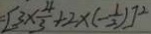
= [ 3 \times \frac { 4 } { 3 } + 2 \times ( - \frac { 1 } { 2 } ) ] ^ { 2 }